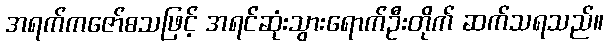
အရက်ကဇော်စသဖြင့် အရင်ဆုံးသွားရောက်ဦးတိုက် ဆက်သရသည်။